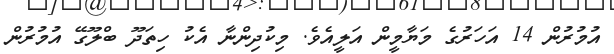
އުމުރުން 14 އަހަރުގެ މަޔާމީން އަލީއެވެ. މިކުދިންނާ އެކު ހިތަދޫ ބްލޫގޭ އުމުރުން